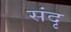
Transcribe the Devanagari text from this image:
संदृ